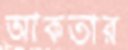
আকতার